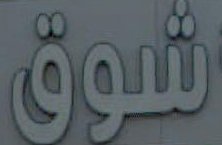
شوق